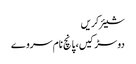
شیئر کریں
دو سڑکیں، پانچ نام سروے